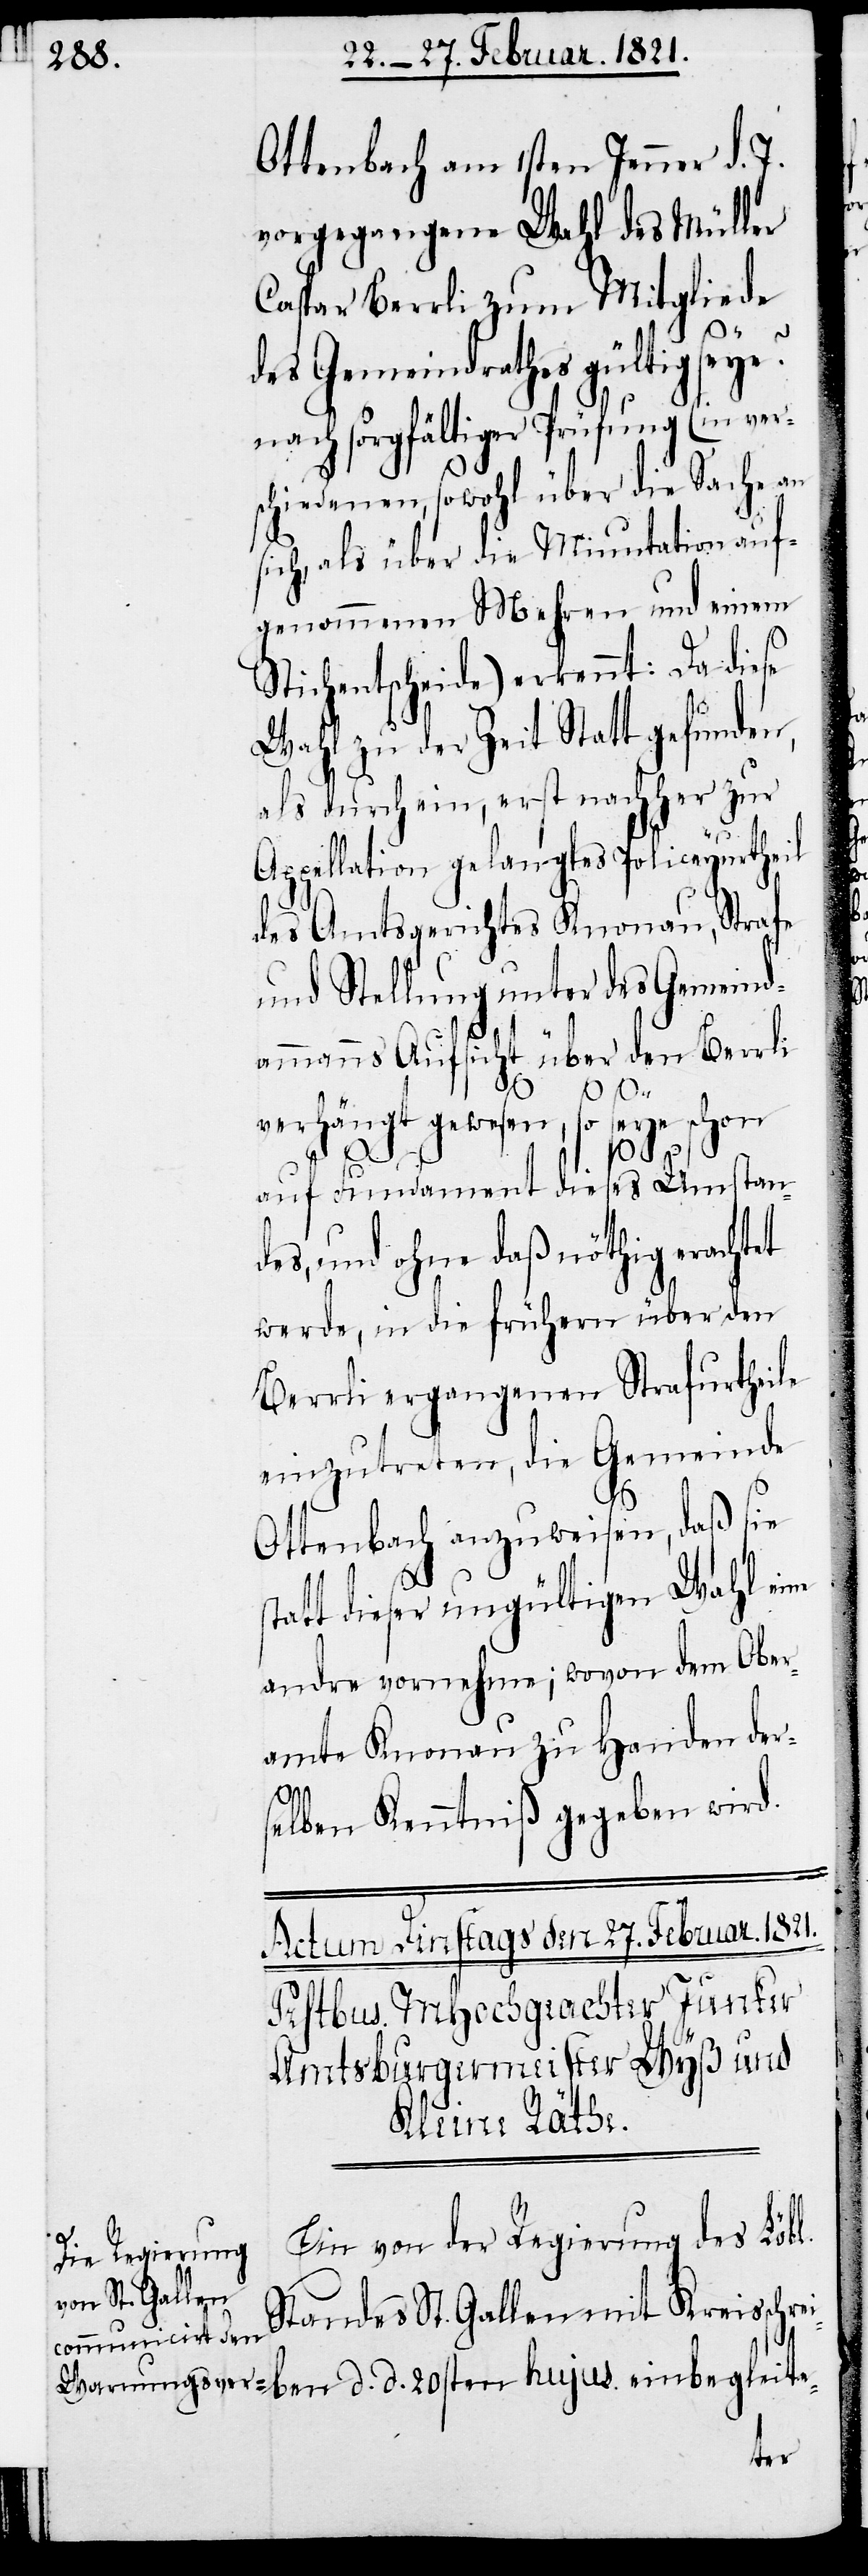
Ottenbach am 1sten Jenner d. J.
vorgegangene Wahl des Müller
Caspar Berrli zum Mitgliede
s¬
des Gemeindrathes gültig seye?
nach sorgfältiger Prüfung (in ver¬
schiedenen, sowohl über die Sache an
sich, als über die Minutation auf¬
genommenen Mehren und einem
Stichentscheide) erkennt: Da diese
Wahl zu der Zeit Statt gefunden,
als durch ein, erst nachher zur
Appellation gelangtes Policeyurtheil
des Amtsgerichtes Knonau, Strafe
und Stellung unter des Gemeind¬
ammanns Aufsicht über den Berrli
verhängt gewesen, so seye schon
d.
auf Fundament dieses Umstan¬
des, und ohne daß nöthig erachtet
werde, in die frühern über den
Berrli ergangenen Strafurtheile
einzutreten, die Gemeinde
Ottenbach anzuweisen, daß sie
tatt dieser ungültigen Wahl eine
andre vornehme; wovon dem Ober¬
amte Knonau zu Handen der¬
selben Kenntniß gegeben wird.
Ein von der Regierung des Lobl.
Standes St. Gallen mit Kreisschre¬
iben